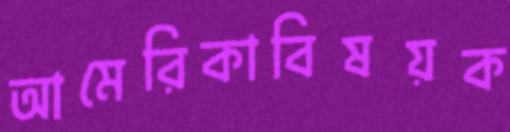
আমেরিকাবিষয়ক